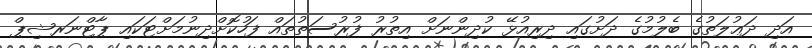
އަދި ދަޢުލަތުގެ ބެލުމުގެ ދަށުގައި ދިރިއުޅޭ ކުދިންނަށް އިތުރު ފުރުސަތުތައް ފަހުކޮށްދިނުމަށްޓަކައި ޕާޓްނަރޝިޕް